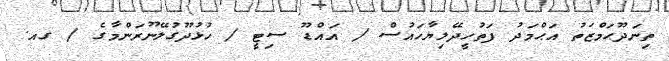
ތިނަދޫޙަމްޒަތު އަޙްމަދު ފަތުހީދޭލިޔާހައުސް / އައްޑޫ ސިޓީ / ހުޅުދޫގުލޭނޫރަންމާގެ / ގއ.